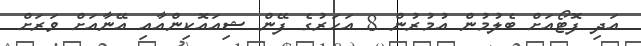
އަދި ފޮޓޯއަށް ބެލުމުން އުމުރުން 8 އަހަރުގެ ފޭން ޝިއައޮކިންއާއި އޭނާއަށް ވަރަށް